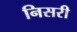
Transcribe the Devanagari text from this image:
निसरी